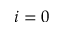
i = 0